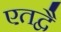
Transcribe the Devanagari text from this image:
एतद्वै